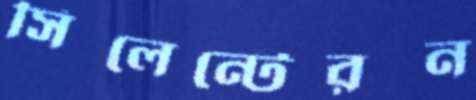
সিলেন্টেরন